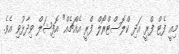
މިއީ ފެޓް ފްރީ އަދި ކްލޮސްޓްރޯލް ފްރީ އެއްޗެއް" އޮފިޝަލް ވިދާޅުވި އެވެ.